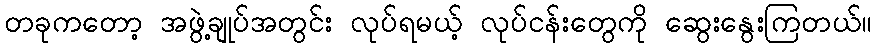
တခုကတော့ အဖွဲ့ချုပ်အတွင်း လုပ်ရမယ့် လုပ်ငန်းတွေကို ဆွေးနွေးကြတယ်။